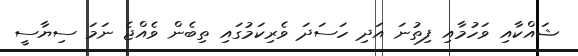
ޝައްކާއި ވަހުމާއި ފިތުނަ އަދި ހަސަދަ ވެރިކަމުގައި ތިބެން ވެއްޖެ ނަމަ ސިޔާސީ